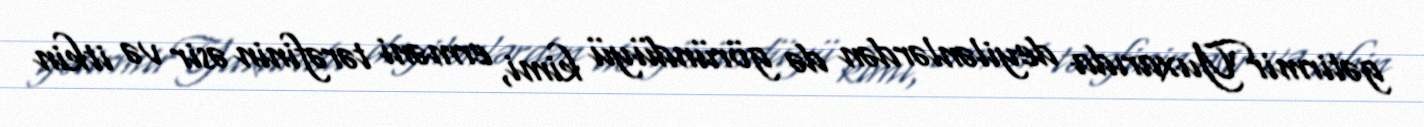
gətirmirYuxarıda deyilənlərdən də göründüyü kimi, erməni tərəfinin əsir və itkin